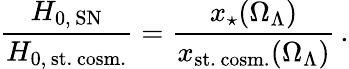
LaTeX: \frac{H_{0,\, \mathrm{SN}}}{H_{0,\, \mathrm{st.\, cosm.}}}=\frac{x_{\star}(\Omega_{\Lambda})}{x_{\mathrm{st.\, cosm.}}(\Omega_{\Lambda})}\, .